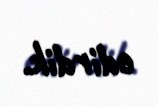
edirdik.